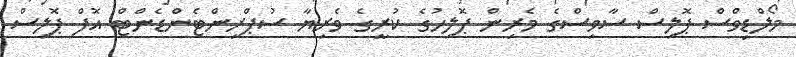
މޯލްޑިވްސް ޕޮލިސް ސާވިސްގެ މެރިން ޕޮލިހުގެ ކުރީގެ ވެރިޔާ ސުޕްރިންޓެންޑެންޓް އޮފް ޕޮލިސް